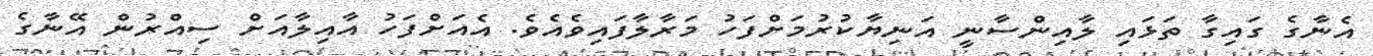
އެނާގެ ގައިގާ ތަޅައި ލާއިންސާނީ އަނިޔާކުރުމަށްފަހު މަރާލާފައިވެއެވެ. އެއަށްފަހު އާއިލާއަށް ސިއްރުން އޭނާގެ